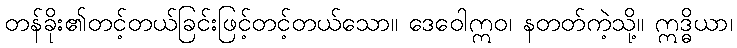
တန်ခိုး၏တင့်တယ်ခြင်းဖြင့်တင့်တယ်သော။ ဒေဝေါဣဝ၊ နတတ်ကဲ့သို့။ ဣဒ္ဓိယာ၊